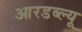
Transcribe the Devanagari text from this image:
आरडब्ल्यू